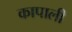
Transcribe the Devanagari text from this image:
कापाली